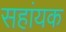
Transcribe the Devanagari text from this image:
सहांयक